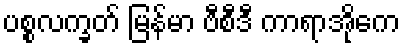
ပစ္စလက္ခတ် မြန်မာ ဗီစီဒီ ကာရာအိုကေ